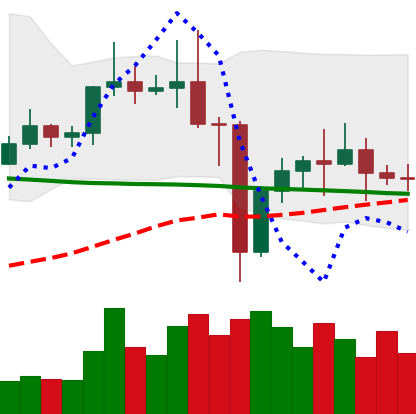
Ticker: ETC-USD
Chart end date: 2020-12-31
Forward return: 27.683%
Label: up_7plus